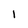
Character: 1